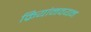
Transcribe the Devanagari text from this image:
क्रियांनवयन